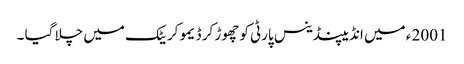
2001 ء میں انڈیپنڈینس پارٹی کو چھوڑ کر ڈیمو کریٹک میں چلا گیا ۔